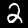
Label: 2